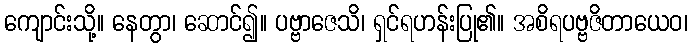
ကျောင်းသို့။ နေတွာ၊ ဆောင်၍။ ပဗ္ဗာဇေသိ၊ ရှင်ရဟန်းပြု၏။ အစိရပဗ္ဗဇိတာယေဝ၊